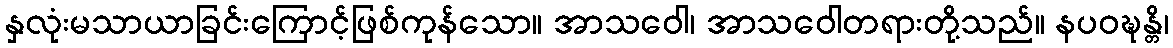
နှလုံးမသာယာခြင်းကြောင့်ဖြစ်ကုန်သော။ အာသဝေါ၊ အာသဝေါတရားတို့သည်။ နပဝဍ္ဎန္တိ၊